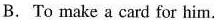
B. To make a card for him.